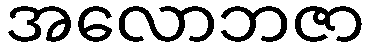
အလောဘဇာ